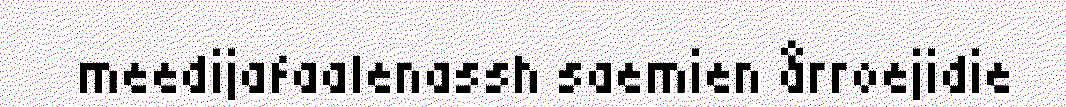
meedijafaalenassh saemien årroejidie